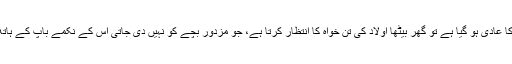
باپ کی طرح نشے کا عادی ہو گیا ہے تو گھر بیٹھا اولاد کی تن خواہ کا انتظار کرتا ہے، جو مزدور بچے کو نہیں دی جاتی اس کے نکمے باپ کے ہاتھ پر رکھی جاتی ہے۔